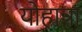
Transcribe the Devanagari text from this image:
योहान्ना